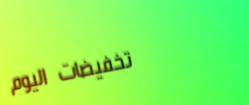
تخفيضات اليوم